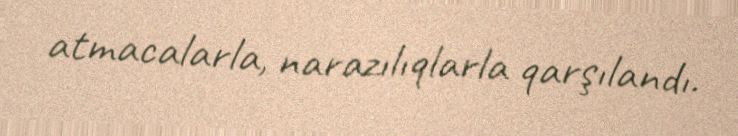
atmacalarla, narazılıqlarla qarşılandı.